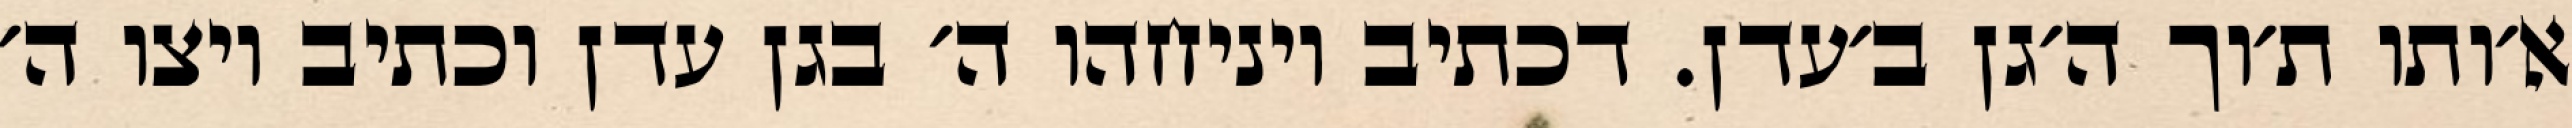
א׳ותו ת׳וך ה׳גן ב׳עדן. דכתיב ויניחהו ה׳ בגן עדן וכתיב ויצו ה׳